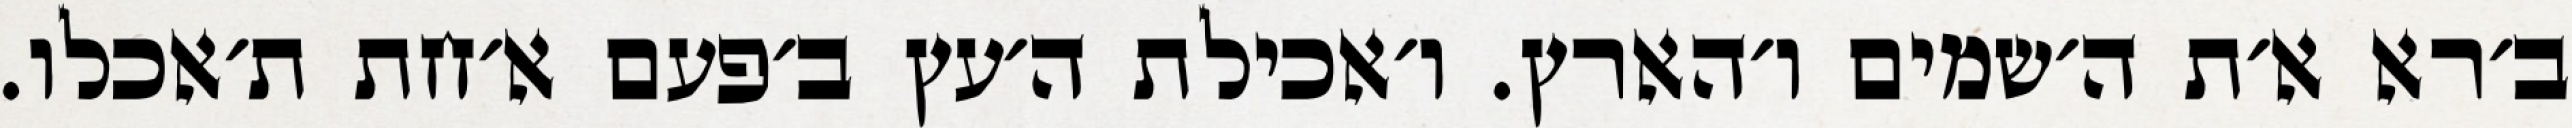
ב׳רא א׳ת ה׳שמים ו׳הארץ. ו׳אכילת ה׳עץ ב׳פעם א׳חת ת׳אכלו.